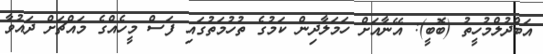
އަބްދުލްމުހީތު (ބޮބީ): އޭނާއަށް ހަމަލާދިން ކަމުގެ ތުހުމަތުގައި ފަސް މީހެއްގެ މައްޗަށް ދައުވާ